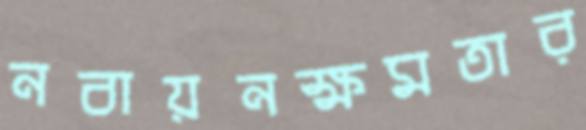
নবায়নক্ষমতার